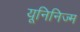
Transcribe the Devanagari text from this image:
यूनिनिज्म